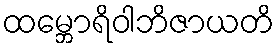
ထမ္ဘောရိဝါဘိဇာယတိ